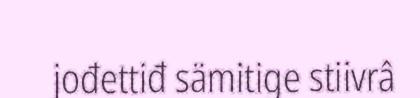
jođettiđ sämitige stiivrâ